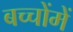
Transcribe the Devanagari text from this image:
बच्‍चोंमें